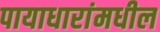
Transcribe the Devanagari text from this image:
पायाधारांमधील